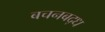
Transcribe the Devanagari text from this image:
बचनबद्ध